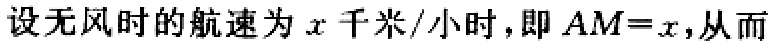
设无风时的航速为\(x\)千米/小时，即 \(AM = x\)，从而